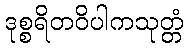
ဒုစ္စရိတဝိပါကသုတ္တံ